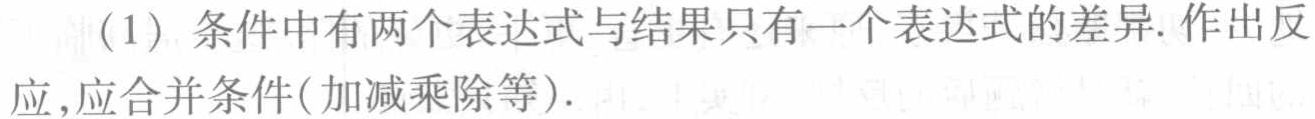
（1）条件中有两个表达式与结果只有一个表达式的差异. 作出反应, 应合并条件(加减乘除等).